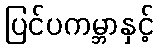
ပြင်ပကမ္ဘာနှင့်